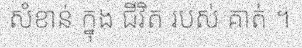
សំខាន់ ក្នុង ជីវិត របស់ គាត់ ។